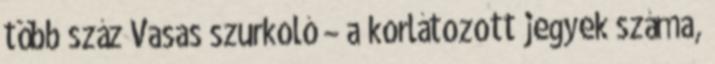
több száz Vasas szurkoló – a korlátozott jegyek száma,